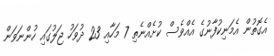
އެގޮތުން އެމަނިކުފާނުގެ އެއްވެސް ކުށެއްނެތި 7 މަހާއި 23 ދުވަހު ޖަލުގައި ހުންނަވަން